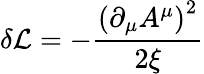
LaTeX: \delta{\mathcal{L}}=-{\frac{\left(\partial_{\mu}A^{\mu}\right)^{2}}{2\xi}}